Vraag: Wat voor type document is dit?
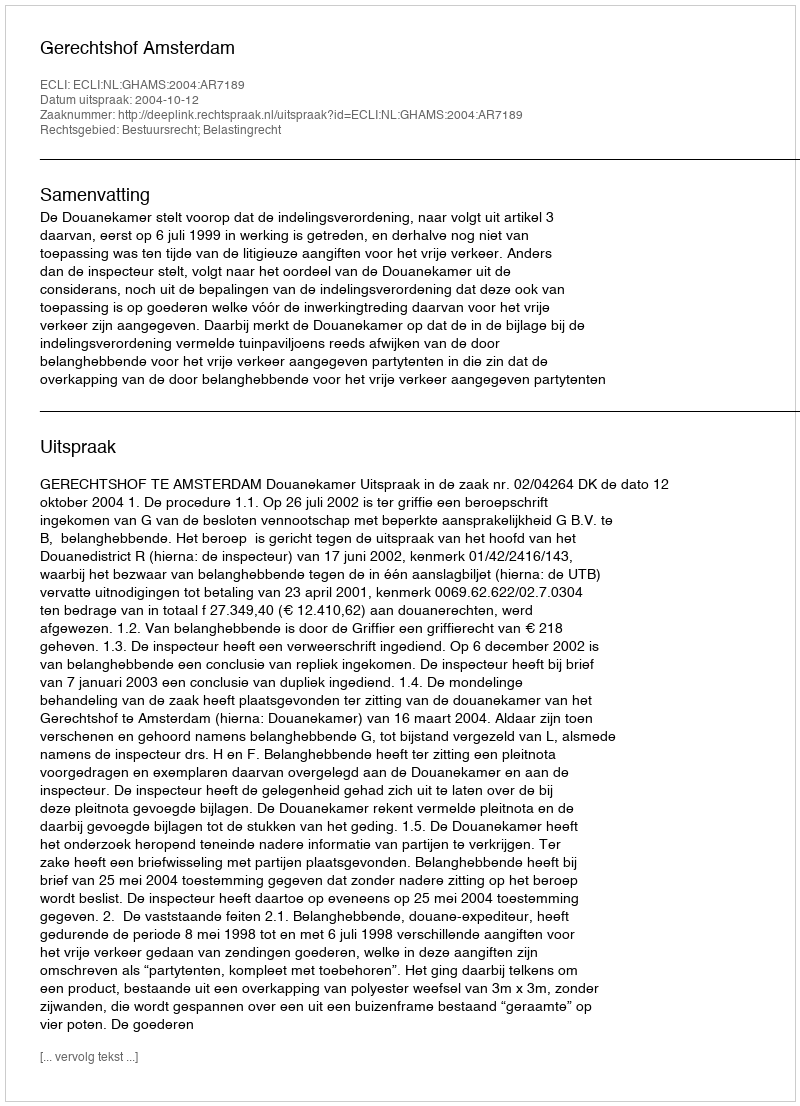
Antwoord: Uitspraak